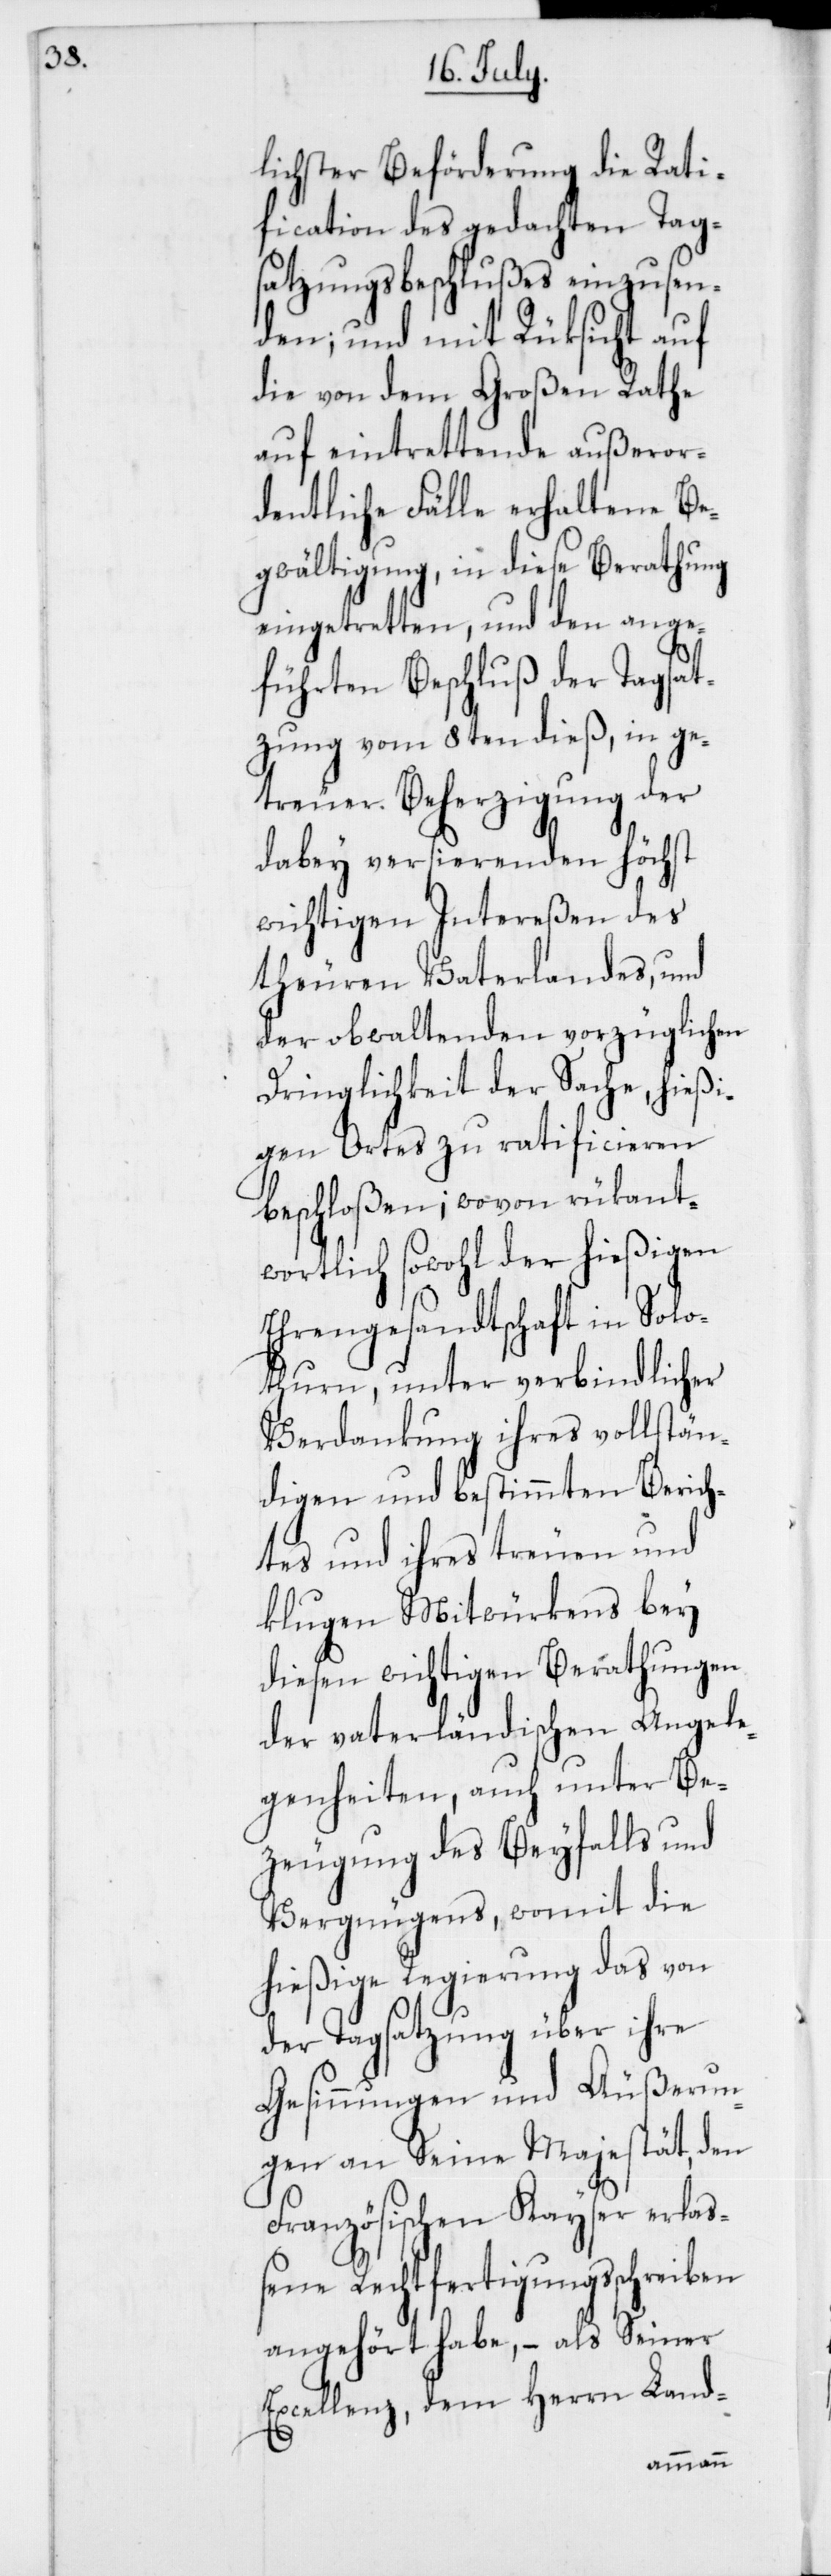
lichster Beförderung die Rati¬
fication des gedachten Tag¬
satzungsbeschlußes einzusen¬
den; und mit Rüksicht auf
die von dem Großen Rathe
auf eintrettende außeror¬
dentliche Fälle erhaltene Be¬
gwältigung, in diese Berathung
eingetretten, und den ange¬
führten Beschluß der Tagsat¬
zung vom 8ten dieß, in ge¬
treuer Beherzigung der
dabey versierenden höchst
wichtigen Intereßen des
theuren Vaterlandes, und
der obwaltenden vorzüglichen
Dringlichkeit der Sache, hießi¬
gen Ortes zu ratificieren
beschloßen; wovon rükant¬
wortlich sowohl der hießigen
Ehrengesandtschaft in Solo¬
thurn, unter verbindlicher
Verdankung ihres vollstän¬
digen und bestimmten Berich¬
tes und ihres treuen und
klugen Mitwürkens, bey
diesen wichtigen Berathungen
der vaterländischen Angele¬
genheiten, auch unter Be¬
zeugung des Beyfalls und
Vergnügens, womit die
hießige Regierung das von
der Tagsatzung über ihre
Gesinnungen und Außerun¬
gen an Seine Majestät, den
Französischen Kayser erla¬
ßene Rechtfertigungsschreiben
angehört habe, – als Seiner
Excellenz, dem Herrn Land-